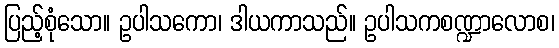
ပြည့်စုံသော။ ဥပါသကော၊ ဒါယကာသည်။ ဥပါသကစဏ္ဍာလောစ၊